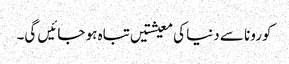
کورونا سے دنیا کی معیشتیں تباہ ہو جائیں گی۔